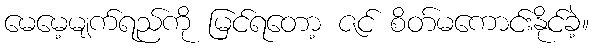
မေမေ့မျက်ရည်ကို မြင်ရတော့ ဇင် စိတ်မကောင်းနိုင်ခဲ့။